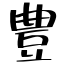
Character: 豊